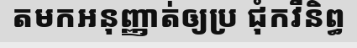
តមកអនុញ្ញាត់ឲ្យប្រ ជុំកវីនិព្ធ